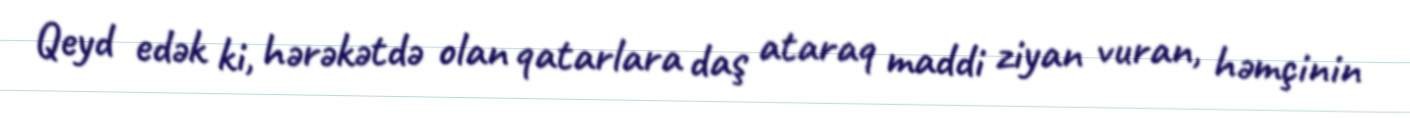
Qeyd edək ki, hərəkətdə olan qatarlara daş ataraq maddi ziyan vuran, həmçinin